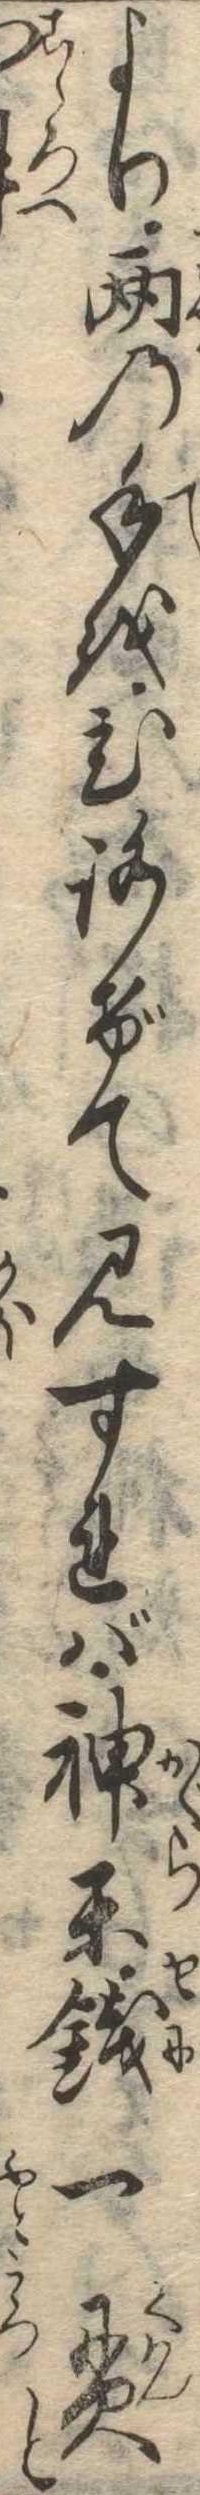
より両の手をひろげて見すれば神楽銭一貫と